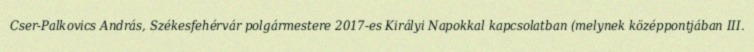
Cser-Palkovics András, Székesfehérvár polgármestere 2017-es Királyi Napokkal kapcsolatban (melynek középpontjában III.